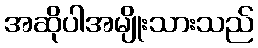
အဆိုပါအမျိုးသားသည်